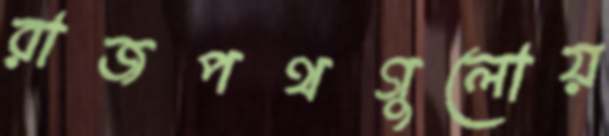
রাজপথগুলোয়